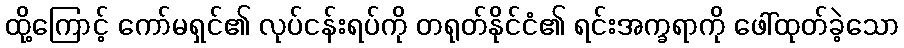
ထို့ကြောင့် ကော်မရှင်၏ လုပ်ငန်းရပ်ကို တရုတ်နိုင်ငံ၏ ရင်းအက္ခရာကို ဖေါ်ထုတ်ခဲ့သော